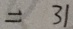
= 3 1